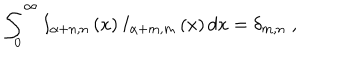
\int _ { 0 } ^ { \infty } I _ { \alpha + n , n } \left( x \right) I _ { \alpha + m , m } \left( x \right) d x = \delta _ { m , n } \; ,